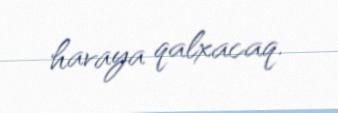
havaya qalxacaq.